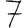
Digit: 7